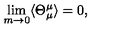
\lim _ { m \to 0 } \langle \Theta _ { \mu } ^ { \mu } \rangle = 0 ,